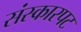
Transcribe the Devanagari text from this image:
संस्कारपट